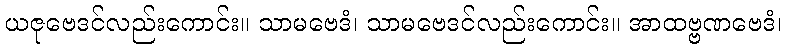
ယဇုဗေဒင်လည်းကောင်း။ သာမဗေဒံ၊ သာမဗေဒင်လည်းကောင်း။ အာထဗ္ဗဏဗေဒံ၊